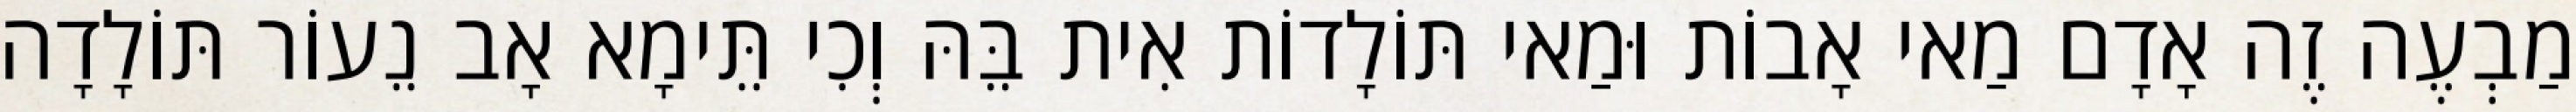
מַבְעֶה זֶה אָדָם מַאי אָבוֹת וּמַאי תּוֹלָדוֹת אִית בֵּהּ וְכִי תֵּימָא אָב נֵעוֹר תּוֹלָדָה